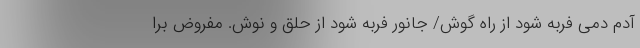
آدم دمی فربه شود از راه گوش/ جانور فربه شود از حلق و نوش. مفروض برا